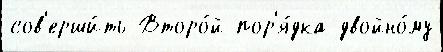
сов'ерши́ть Второ́й пор'я́дка двойно́му